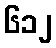
၆၁၂